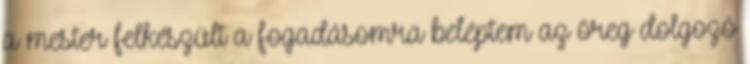
a mester felkészült a fogadásomra beléptem az öreg dolgozó